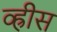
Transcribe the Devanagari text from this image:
व्ह्रीस